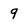
Character: 9